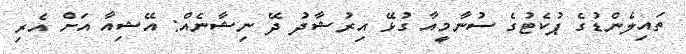
ތައިލެންޑުގެ ޕުކެޓުގެ ސުނާމީއާ ގުޅޭ އިރުޝާދު ދޭ ނިޝާނެއް: އޭޝިއާ އަށް އެރި